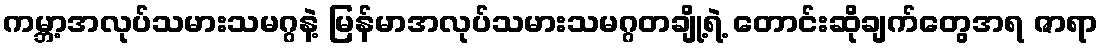
ကမ္ဘာ့အလုပ်သမားသမဂ္ဂနဲ့ မြန်မာအလုပ်သမားသမဂ္ဂတချို့ရဲ့ တောင်းဆိုချက်တွေအရ ဇာရာ